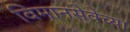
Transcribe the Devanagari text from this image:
विमानसेवेच्या